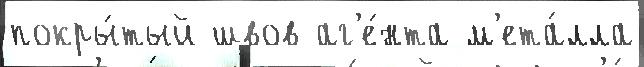
покры́тый швов аг'е́нта м'ета́лла